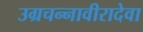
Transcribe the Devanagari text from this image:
उग्रचन्नावीरादेवा